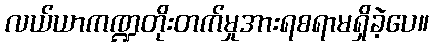
လယ်ယာကဏ္ဍတိုးတက်မှုအားရစရာမရှိခဲ့ပေ။